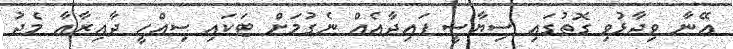
އޭނާ ވިދާޅުވި ގޮތުގައި ސިޔާސީ ފައިދާއެއް ނެގުމަށް ޓަކައި ސިއްހީ ދާއިރާއާ މެދު